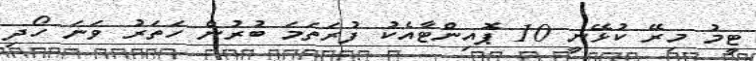
ޓީމު މިރޭ ކުޅޭނީ 10 ޕޮއިންޓާއެކު ފުރަތަމަ ބުރުން ހަތަރު ވަނަ ހޯދި